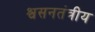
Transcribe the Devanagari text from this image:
श्वसनतंत्रीय